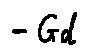
- G d